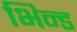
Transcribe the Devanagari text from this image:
भिन्ड